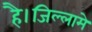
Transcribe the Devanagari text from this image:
है।जिल्लामे